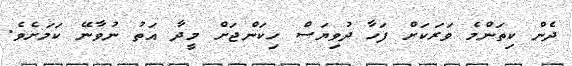
ދެން ކިތަންމެ ވަރަކަށް ފަހާ ދުވިޔަސް ހިކަންޖަށް މީދާ އަތު ނުވާނޭ ކަމަށެވެ.